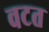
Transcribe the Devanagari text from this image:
वटत